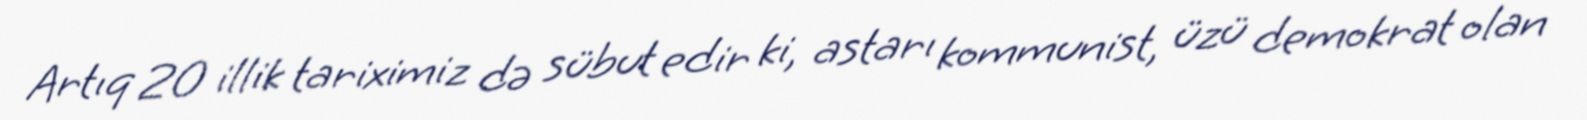
Artıq 20 illik tariximiz də sübut edir ki, astarı kommunist, üzü demokrat olan